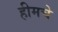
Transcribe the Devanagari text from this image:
हीमचे